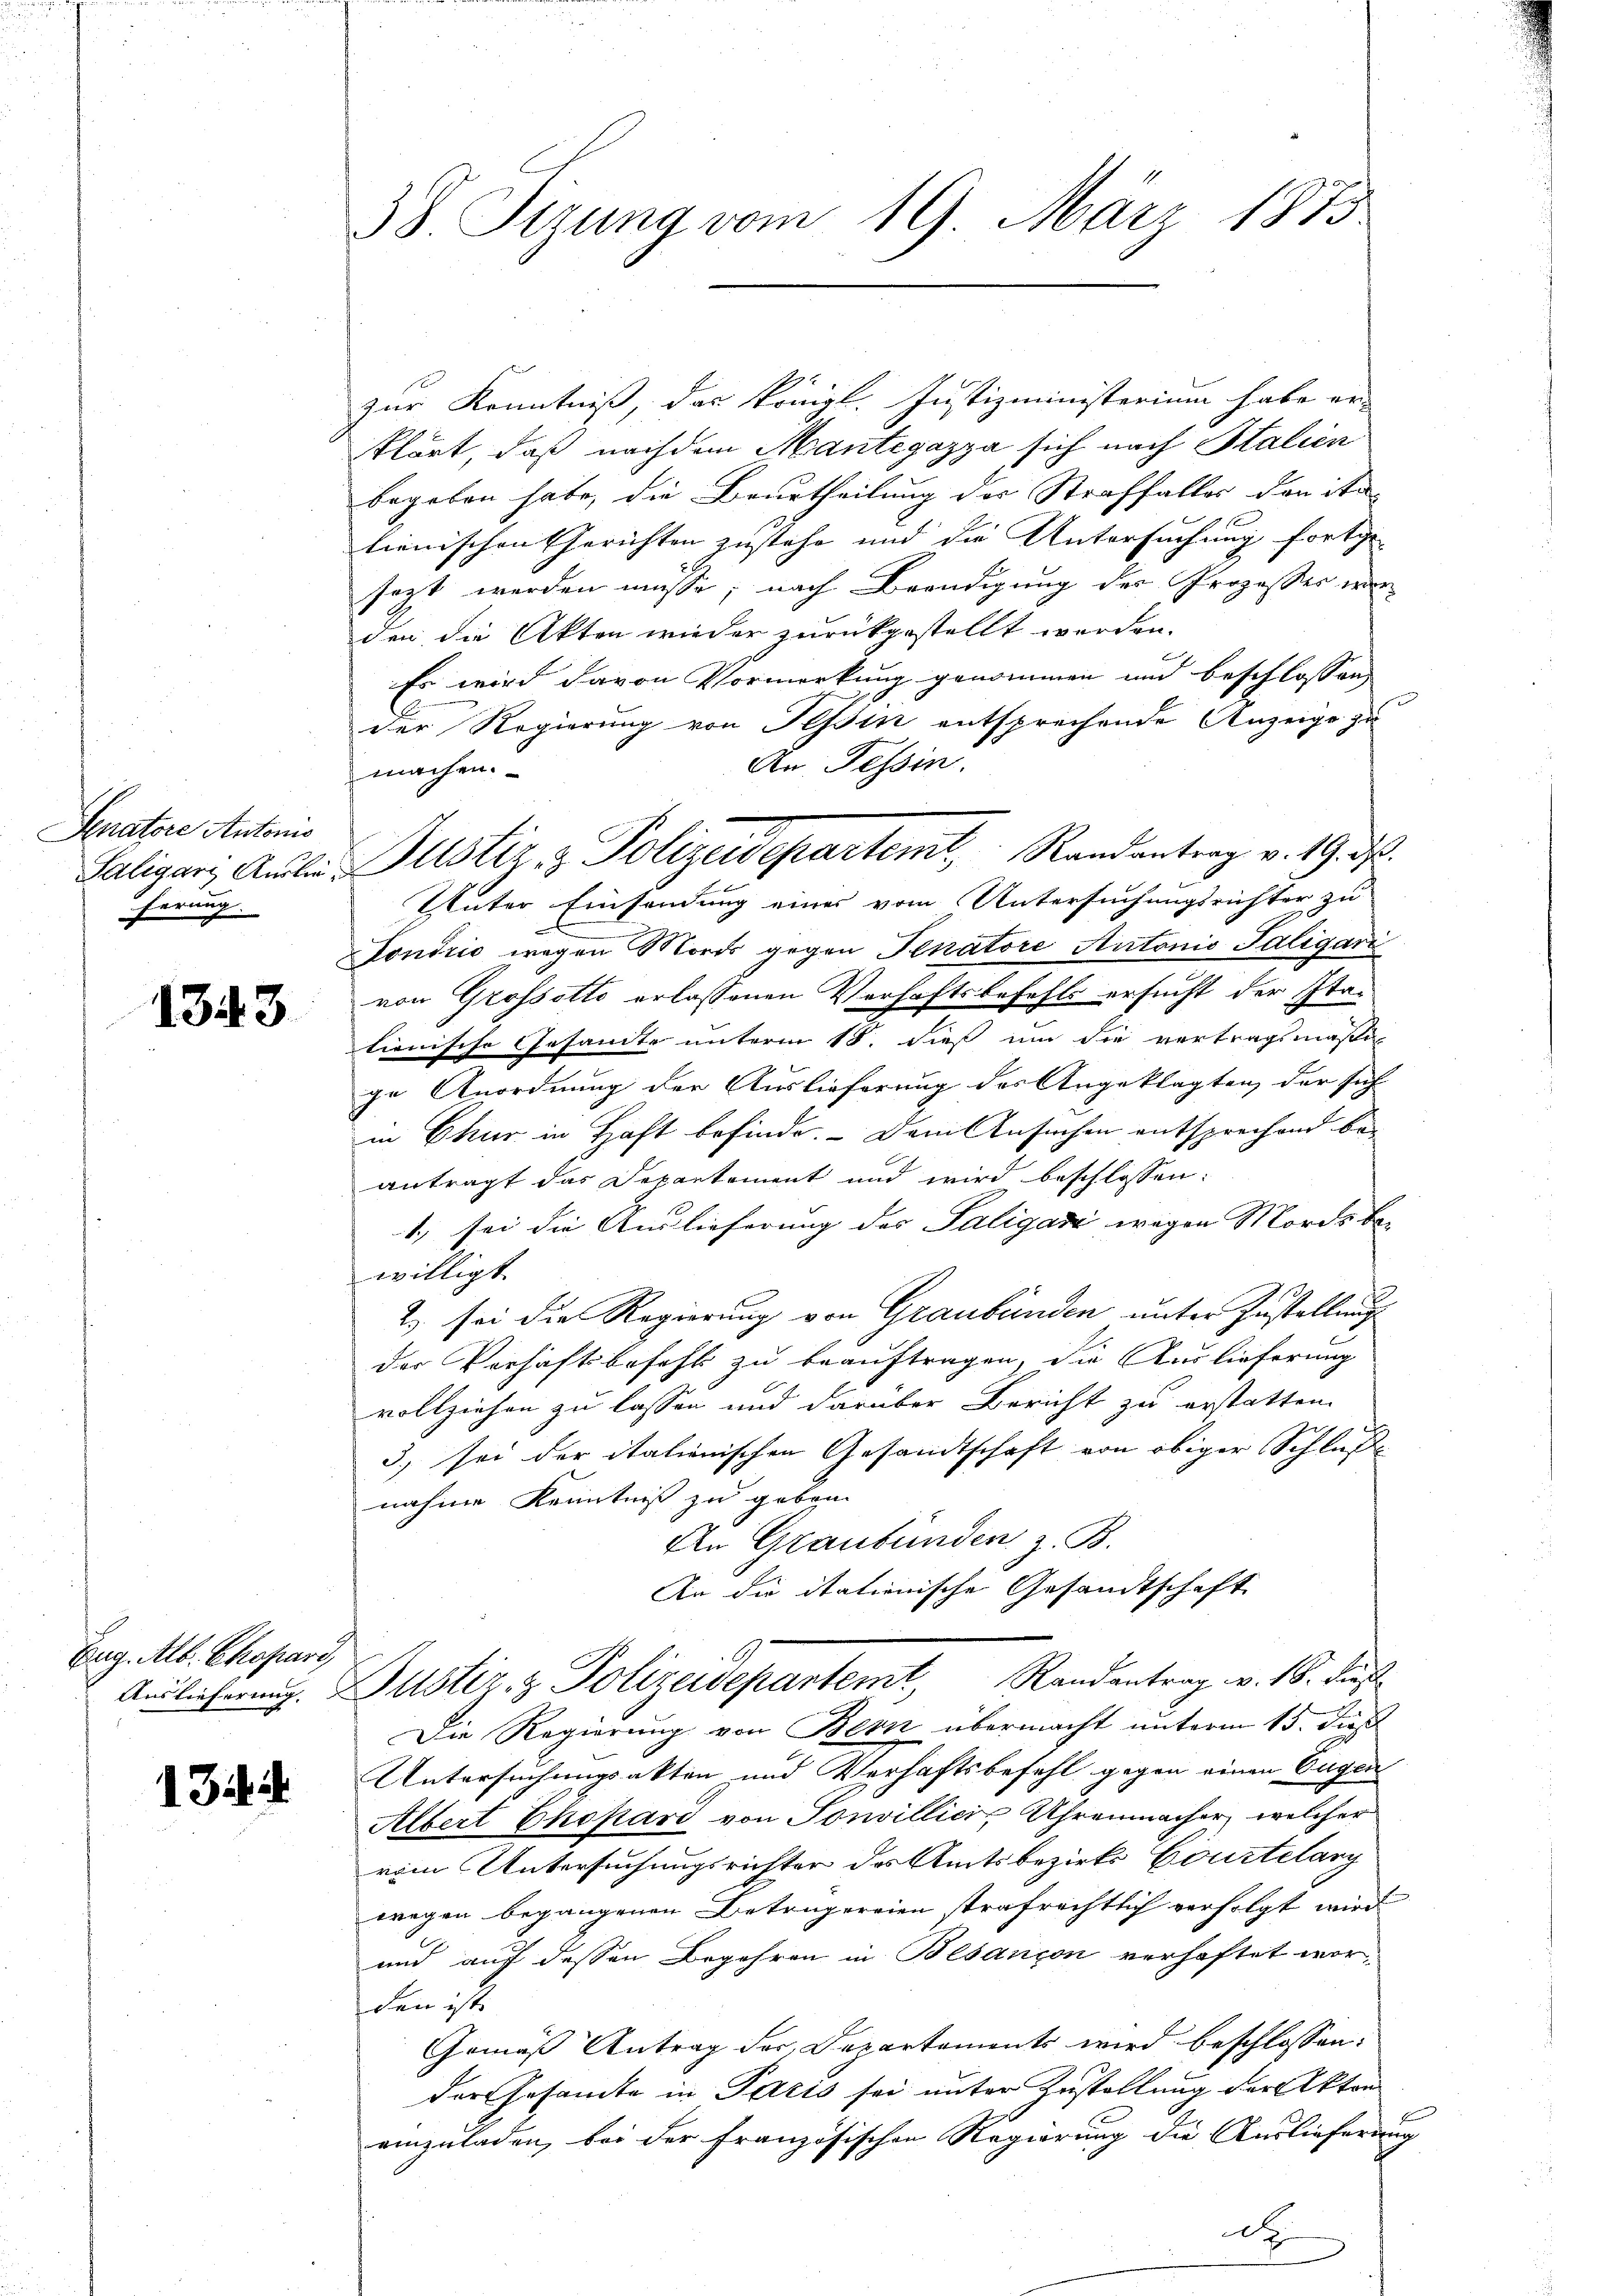
zur Kenntniß, das königl. Justizministerium habe er-
klärt, daß nachdem Mantegazza sich nach Italien
begeben habe, die Beurtheilung der Straffalles den ita-
tienischen Gerichten zustehe und die Untersuchung fortge-
sezt werden müsse; nach Beendigung des Prozesser wer-
den die Akten wieder zurückgestellt werden.
Es wird davon Vormerkung genommen und beschlossen,
der Regierung von Tessin entsprechende Anzeige zu
An Tessin.
machen.
Fondrić wegen Mords gegen Senatore Autonio Taligari
von Grossotto erlassenen Verhaftsbefehls ersucht der Italionische Gesandte unterm 18. dieß um die vertragsmäßige Anordnung der Auslieferung des Angeklagten, der sich |
in Chur in Haft befinde. Dem Ansuchen entsprechend be-
antragt das Departement und wird beschlossen:
1., sei die Auslieferung des Saligati wegen Mordes be-
willigt.
2) sei die Regierung von Graubünden unter Zustellung
der Verhaftsbefehl zu beauftragen, die Auslieferung
vollziehen zu lassen und darüber Bericht zu erstatten.
3) sei der italienischen Gesandtschaft von obiger Schluß
nahme Kenntniß zu geben.
An Graubünden z. B.
An die itationische Gesandtschaft
Auslicherung. Justiz- & Polizeidepartemt, Randantrag v. 16. dies
Die Regierung von Bern übermacht unterm 15. dies
Untersuchungsakten und Verhaftsbefehl gegen einen Eugen
Albert Chefard von Sonvillicis Uhrenmacher, welcher
rim Untersuchungsrichter des Amtsbezirks Courtelang
wegen begangenen Betrugereien trafrechtlich verfolgt wird
und auf dessen Begehren in Besançon verhaftet worden ist.
Gemäß Antrag der Departements wird beschlossen:
der Gesamte in Paris sei unter Zustellung der Akten
einzuladen, bei der französischen Regierung die Auslieferung
d

Senatore Antonis
ferung.

1343

Eug. Alb. Chopard,

13 i

38. Stzung vom 19. März 1875

Salgari Aŭlein Justiz & Polizeidepartem Randantrag v. 19. ds.
Unter Einsendung eines vom Untersuchungsrichter zu